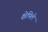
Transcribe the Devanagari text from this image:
क्षेपिले